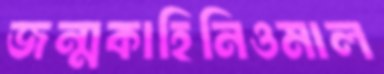
জন্মকাহিনিওমাল